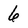
Character: 6